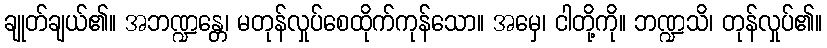
ချုတ်ချယ်၏။ အဘဏ္ဍန္တေ၊ မတုန်လှုပ်စေထိုက်ကုန်သော။ အမှေ၊ ငါတို့ကို။ ဘဏ္ဍသိ၊ တုန်လှုပ်၏။